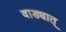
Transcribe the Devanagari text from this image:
वाड्यात्